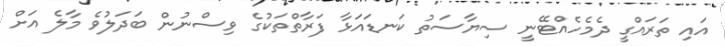
އައި ތަރައްގީ ދެމެހެއްޓޭނީ ސިޔާސަތު ކަނޑައަޅާ ފަރާތްތަކުގެ ވިސްނުން ބަދަލުވެ މާލެ އަށް